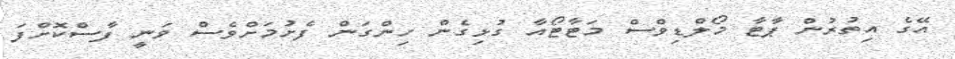
އޭގެ އިތުރުން ޕާޓާ މޯލްޑިވްސް މަޓާޓޯއާ ގުޅިގެން ހިންގަން ފެށުމަށްވެސް ވަނީ ފާސްކޮށްފަ